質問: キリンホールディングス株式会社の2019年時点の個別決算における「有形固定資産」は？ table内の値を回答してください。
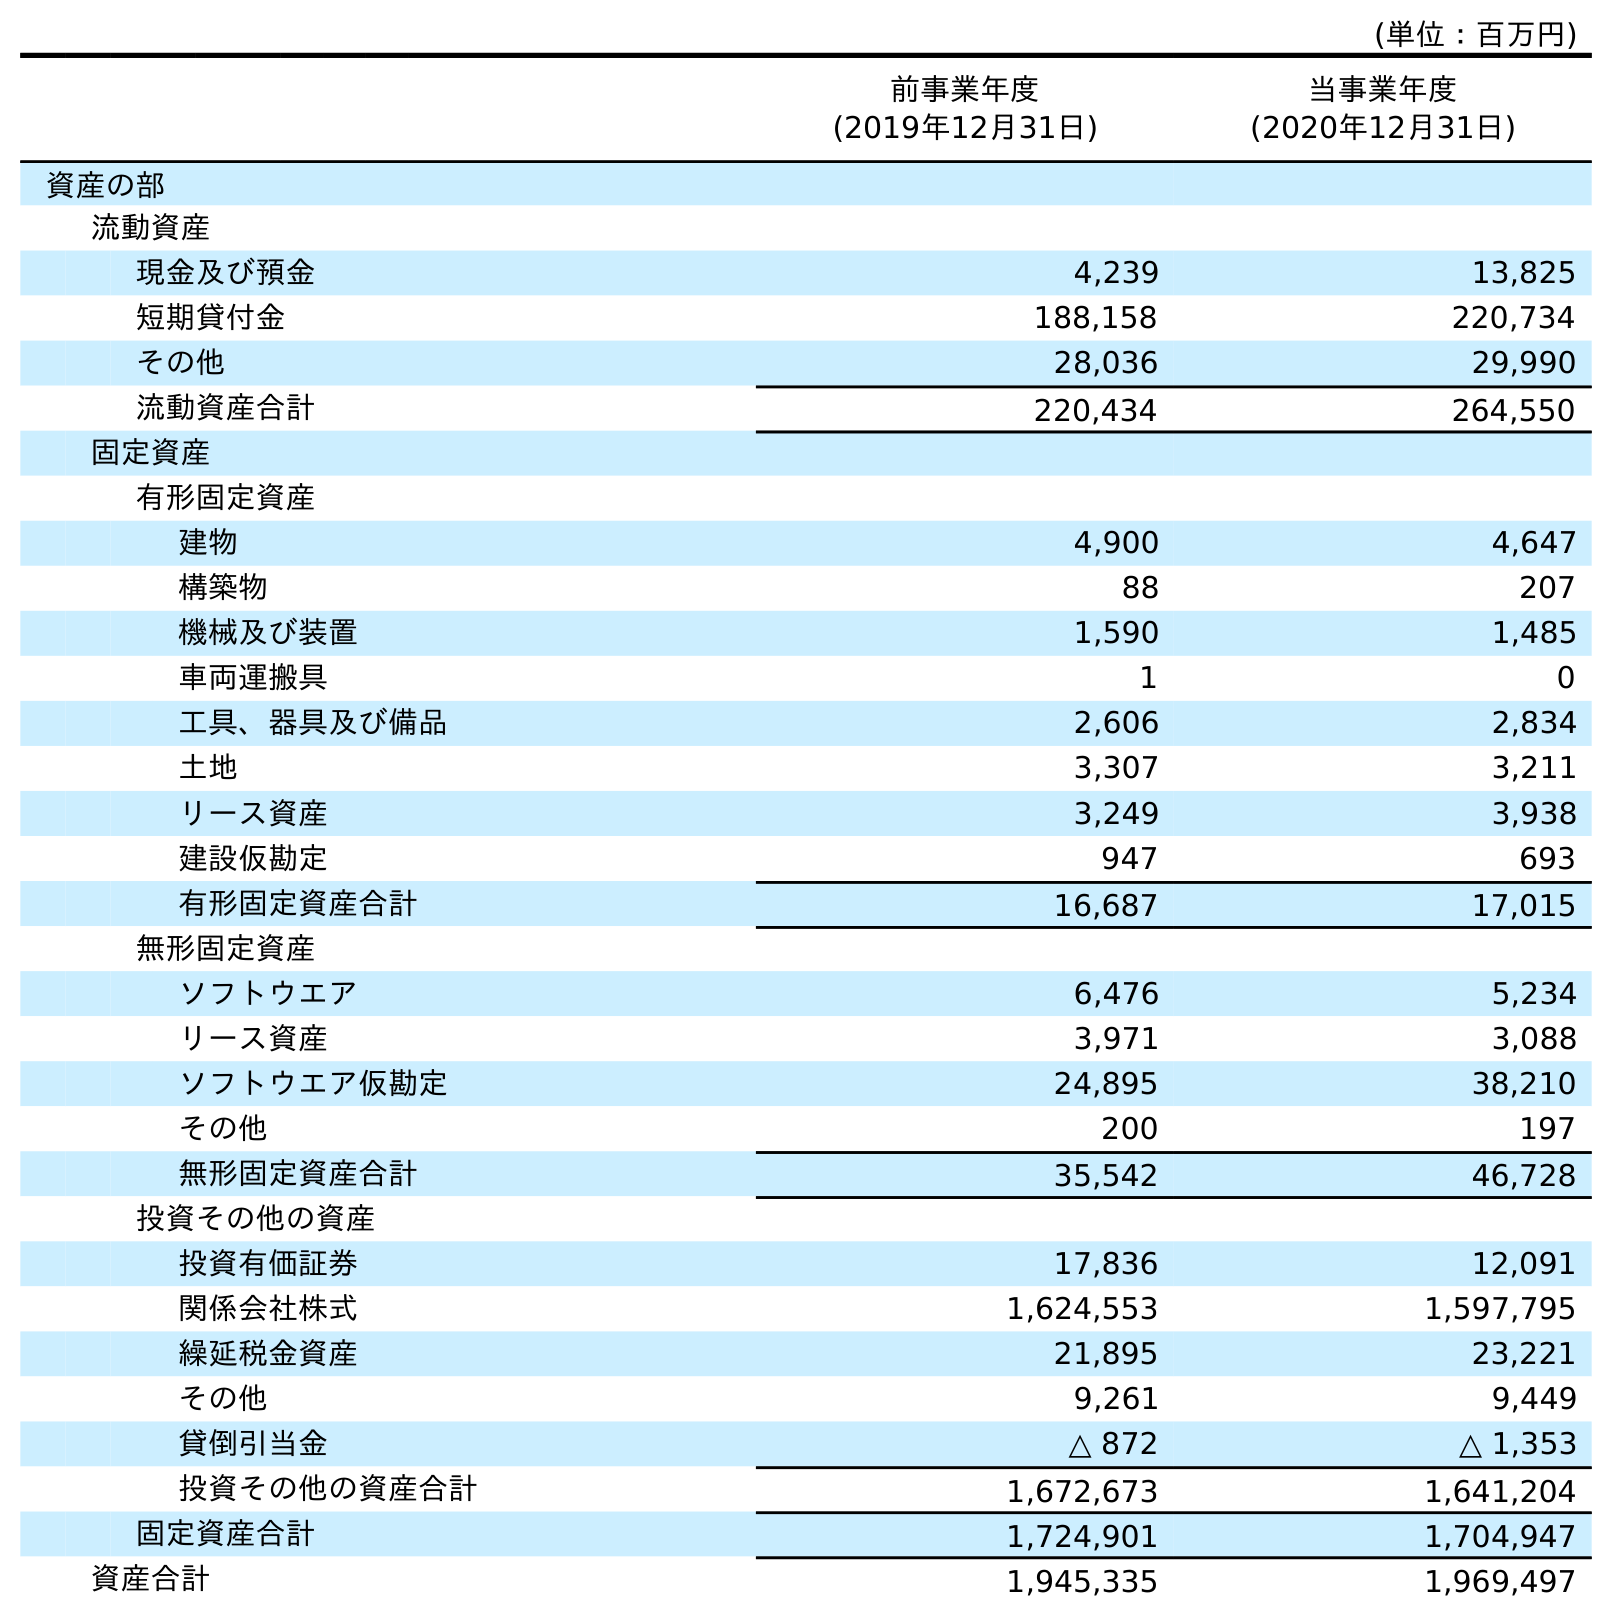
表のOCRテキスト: (単位：百万円) 前事業年度 (2019年12月31日) 当事業年度 (2020年12月31日) 資産の部 流動資産 現金及び預金 4,239 13,825 短期貸付金 188,158 220,734 その他 28,036 29,990 流動資産合計 220,434 264,550 固定資産 有形固定資産 建物 4,900 4,647 構築物 88 207 機械及び装置 1,590 1,485 車両運搬具 1 0 工具、器具及び備品 2,606 2,834 土地 3,307 3,211 リース資産 3,249 3,938 建設仮勘定 947 693 有形固定資産合計 16,687 17,015 無形固定資産 ソフトウエア 6,476 5,234 リース資産 3,971 3,088 ソフトウエア仮勘定 24,895 38,210 その他 200 197 無形固定資産合計 35,542 46,728 投資その他の資産 投資有価証券 17,836 12,091 関係会社株式 1,624,553 1,597,795 繰延税金資産 21,895 23,221 その他 9,261 9,449 貸倒引当金 △ 872 △ 1,353 投資その他の資産合計 1,672,673 1,641,204 固定資産合計 1,724,901 1,704,947 資産合計 1,945,335 1,969,497
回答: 16,687